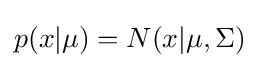
p(x|\mu )=N(x|\mu ,\Sigma )